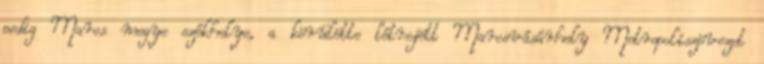
pedig Maros megye székhelye, a körülötte létrejött Marosvásárhely Metropoliszövezet